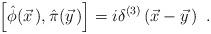
LaTeX: \begin{align*}\left[\hat{\phi}(\vec{x}\,),\hat{\pi}(\vec{y}\,)\right]=i\delta^{(3)}\left(\vec{x}-\vec{y}\,\right)\ .\end{align*}